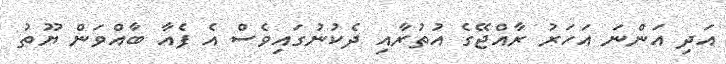
އަދި އަންނަ އަހަރު ރާއްޖޭގެ އުތުރާއި ދެކުނުގައިވެސް އެ ފެއާ ބާއްވަން ޔޫތު